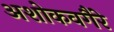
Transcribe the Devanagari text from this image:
अशोकवगैरे